Punjab Mental Hospital Lahore 1932-46 - 1932-1946
Year: 1932
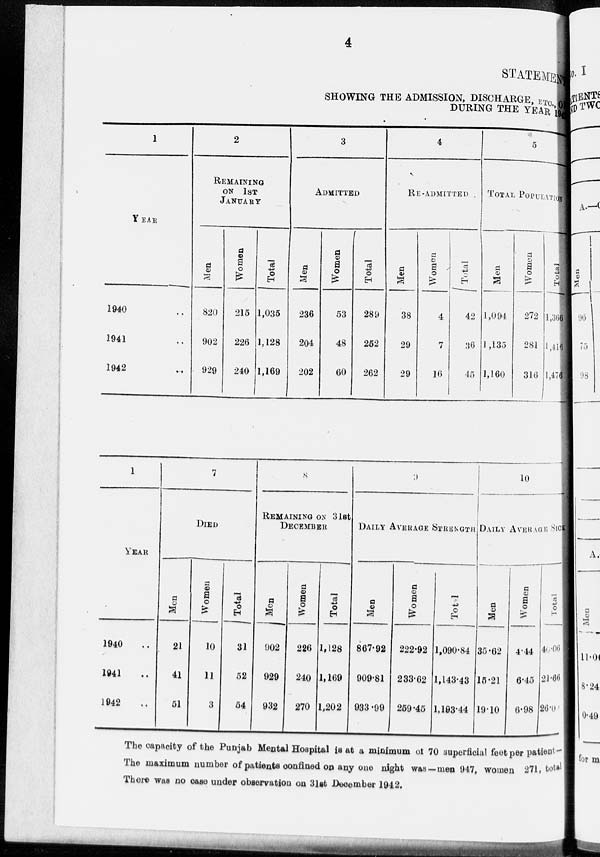
4
STATEMENT
SHOWING THE ADMISSION, DISCHARGE, ETC.,
DURING THE YEAR
1
YEAR
1940 ..
1941 ..
1942 ..
2
REMAINING
ON 1ST
JANUARY.
Men
820
902
929
Women
215
226
240
Total
1,035
1,128
1,169
3
ADMITTED
Men
236
204
202
Women
53
48
60
Total
289
252
262
4
RE-ADMITTED
Men
38
29
29
Women
4
7
16
Total
42
36
45
5
TOTAL POPULATION
Men
1,094
1,135
1,160
Women
272
281
316
Total
1,366
1,416
1,476
1
YEAR
1940 ..
1941 ..
1942 ..
7
DIED
Men
21
41
51
Women
10
11
3
Total
31
52
54
8
REMAINING ON 31ST
DECEMBER
Men
902
929
932
Women
226
240
270
Total
1,128
1,169
1,202
9
DAILY AVERAGE STRENGTH
Men
867.92
909.81
933.99
Women
222.92
233.62
259.45
Total.
1,090.84
1,143.43
1,193.44
10
DAILY AVERAGE SICK
Men
35.62
15.21
19.10
Women
4.44
6.45
6.98
Total
40.06
24.66
26.08
The capacity of the Punjab Mental Hospital is at a minimum of 70 superficial feet per patient—
The maximum number of patients confined on any one night was —men 947, women 271, total
There was no case under observation on 31st December 1942.